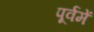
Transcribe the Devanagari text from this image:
पूर्वमें